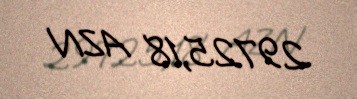
29725,18 AZN